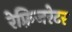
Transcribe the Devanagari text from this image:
रेफ़्रिजरेटर